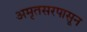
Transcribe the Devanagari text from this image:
अमृतसरपासून